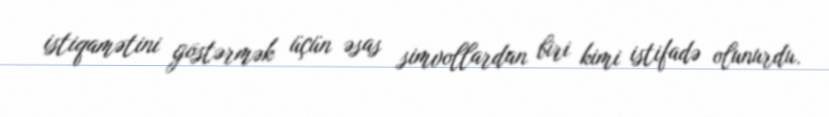
istiqamətini göstərmək üçün əsas simvollardan biri kimi istifadə olunurdu.